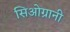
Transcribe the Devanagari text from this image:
सिओग्रानी